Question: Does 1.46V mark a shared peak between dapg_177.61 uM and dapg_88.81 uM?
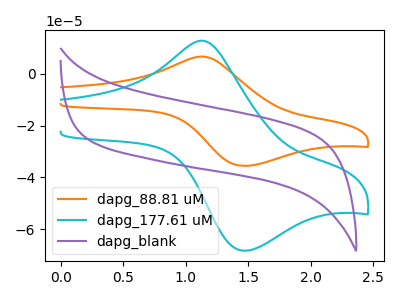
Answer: <think>The orange curve "dapg_88.81 uM" has an anodic peak at (1.15V, 6.65uA) and a cathodic peak at (1.45V, -35.50uA). The cyan curve "dapg_177.61 uM" has an anodic peak at (1.15V, 12.75uA) and a cathodic peak at (1.45V, -68.20uA). The purple curve "dapg_blank" has no peaks.</think>
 <answer>Yes, "dapg_177.61 uM" and "dapg_88.81 uM" share a peak at 1.46V.</answer>
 <eval>match</eval>